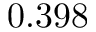
0 . 3 9 8